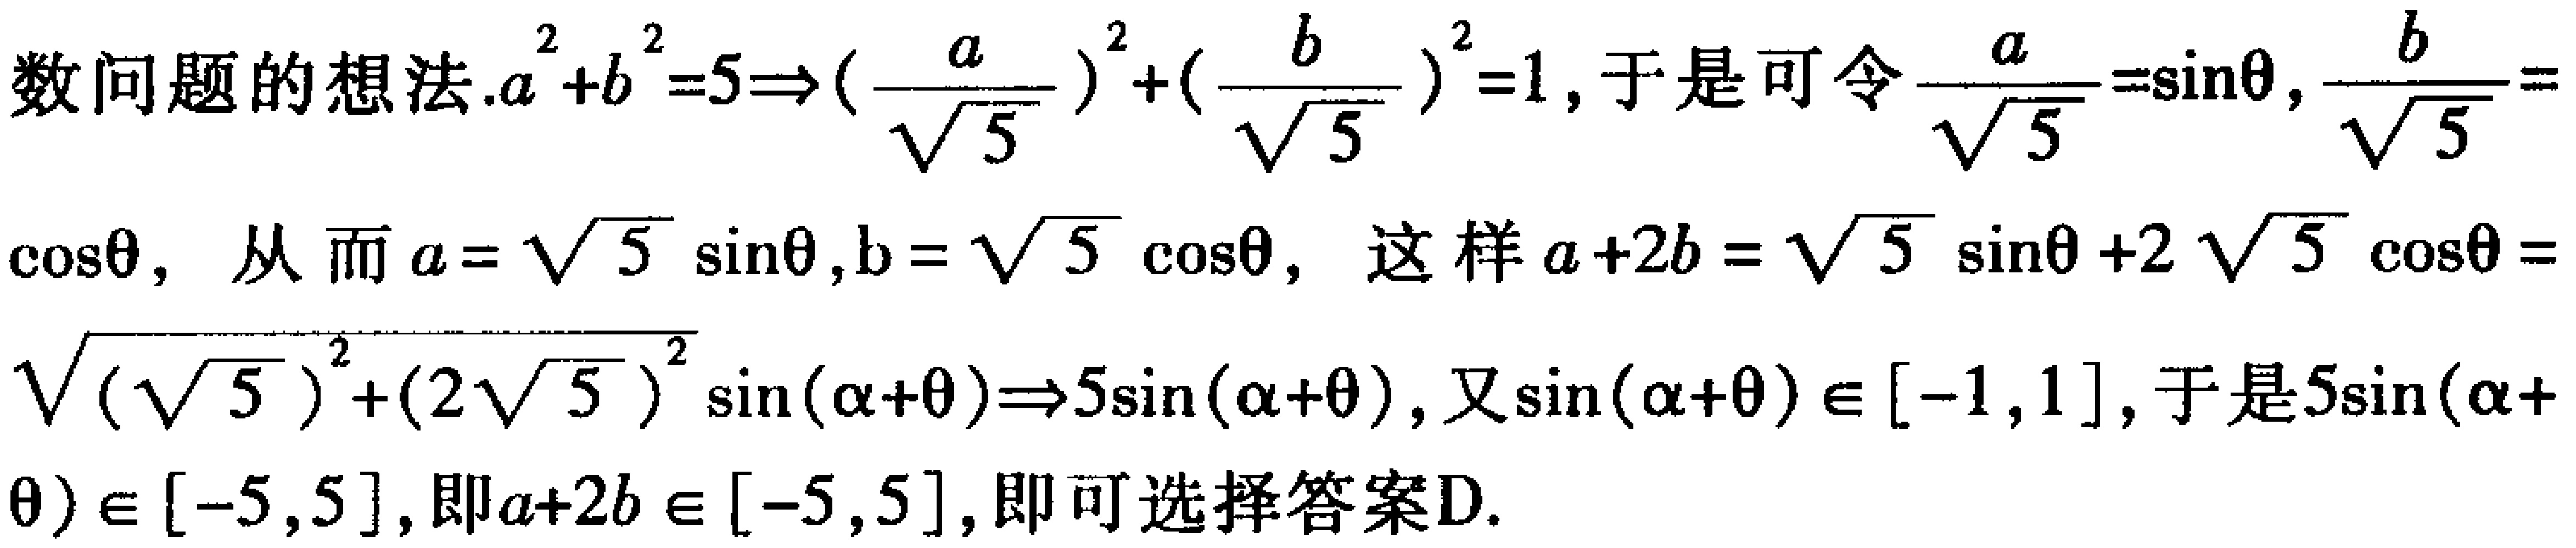
数问题的想法.$a^{2}+b^{2}=5\Rightarrow(\frac{a}{\sqrt{5}})^{2}+(\frac{b}{\sqrt{5}})^{2}=1$, 于是可令$\frac{a}{\sqrt{5}}=\sin\theta,\frac{b}{\sqrt{5}}=$

$\cos\theta$, 从而$a = \sqrt{5}\sin\theta,b = \sqrt{5}\cos\theta$, 这样$a + 2b = \sqrt{5}\sin\theta+2\sqrt{5}\cos\theta=$

$\sqrt{(\sqrt{5})^{2}+(2\sqrt{5})^{2}}\sin(\alpha+\theta)\Rightarrow5\sin(\alpha+\theta)$, 又$\sin(\alpha+\theta)\in[-1,1]$, 于是$5\sin(\alpha+$

$\theta)\in[-5,5]$, 即$a + 2b\in[-5,5]$, 即可选择答案D.